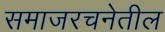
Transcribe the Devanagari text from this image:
समाजरचनेतील